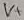
Text: VV+